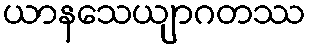
ယာနသေယျာဂတဿ